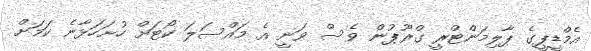
އެމްޑީޕީގެ ޕާލިމަންޓްރީ ގްރޫޕުން ވެސް ވަނީ އެ މައްސަލަ ކޯޓަށް ހުށަހަޅާނެ ކަމަށް